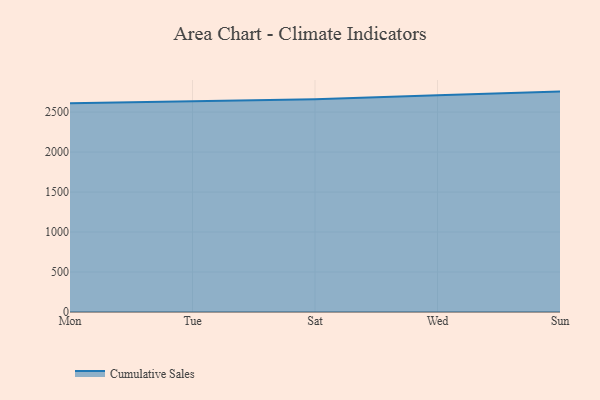
{"axis": {"x": "Day", "y": "Shipments"}, "legend": ["Cumulative Sales"], "data": [{"x": "Mon", "y": 2608.8, "type": "Cumulative Sales"}, {"x": "Tue", "y": 2636.6, "type": "Cumulative Sales"}, {"x": "Sat", "y": 2658.7, "type": "Cumulative Sales"}, {"x": "Wed", "y": 2711.0, "type": "Cumulative Sales"}, {"x": "Sun", "y": 2755.9, "type": "Cumulative Sales"}]}